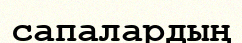
сапалардың